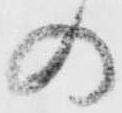
の